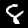
Label: 8